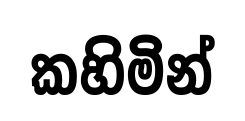
කහිමින්